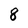
Character: 8